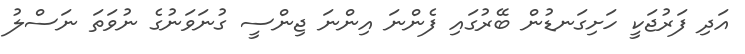
އަދި ފަރުޖަކީ ހަށިގަނޑުން ބޭރުގައި ފެންނަ އިންނަ ޖިންސީ ގުނަވަނުގެ ނުވަތަ ނަސްލު